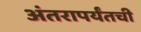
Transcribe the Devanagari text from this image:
अंतरापर्यंतची